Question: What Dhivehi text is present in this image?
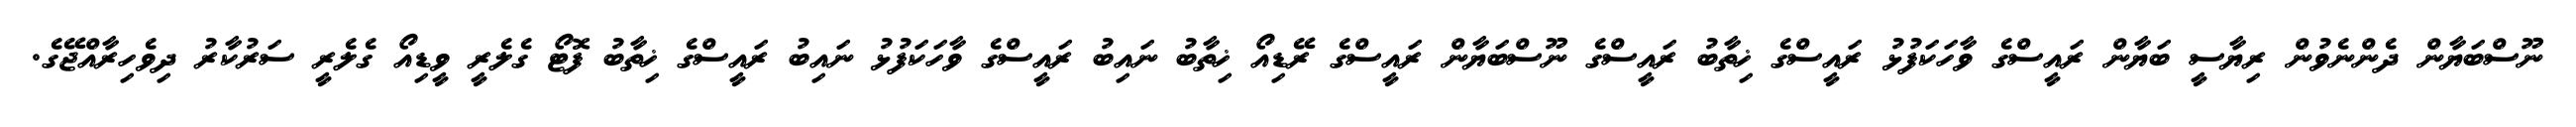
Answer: ނޫސްބަޔާން ދެންނެވުން ރިޔާސީ ބަޔާން ރައީސްގެ ވާހަކަފުޅު ރައީސްގެ ޚިތާބު ރައީސްގެ ނޫސްބަޔާން ރައީސްގެ ރޭޑިއޯ ޚިތާބު ނައިބު ރައީސްގެ ވާހަކަފުޅު ނައިބު ރައީސްގެ ޚިތާބު ފޮޓޯ ގެލެރީ ވީޑިއޯ ގެލެރީ ސަރުކާރު ދިވެހިރާއްޖޭގެ.